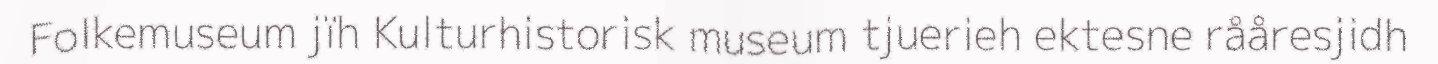
Folkemuseum jïh Kulturhistorisk museum tjuerieh ektesne rååresjidh